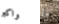
وأكبر ما